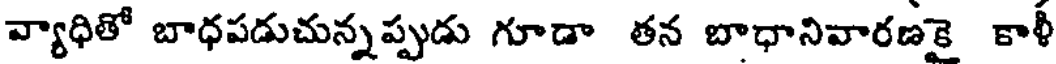
వ్యాధితో బాధపడుచున్నప్పుడు గూడా తన బాధానివారణకై కాళీ